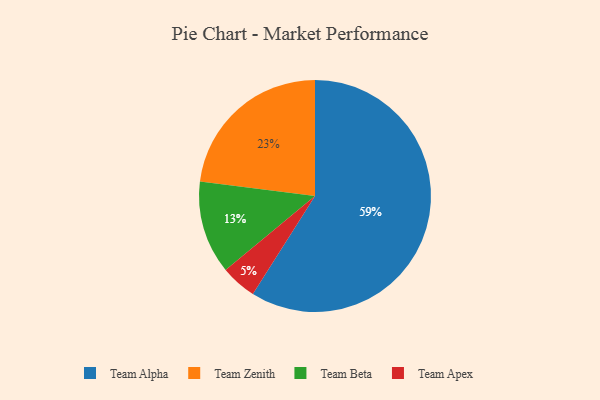
{"axis": {"x": "Category", "y": "Percentage"}, "legend": ["Team Alpha", "Team Apex", "Team Beta", "Team Zenith"], "data": [{"x": "Team Apex", "y": 5, "type": "Team Apex"}, {"x": "Team Alpha", "y": 59, "type": "Team Alpha"}, {"x": "Team Beta", "y": 13, "type": "Team Beta"}, {"x": "Team Zenith", "y": 23, "type": "Team Zenith"}]}